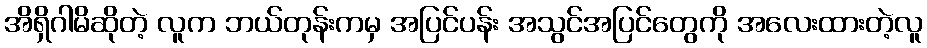
အိရှိဂါမိဆိုတဲ့ လူက ဘယ်တုန်းကမှ အပြင်ပန်း အသွင်အပြင်တွေကို အလေးထားတဲ့လူ